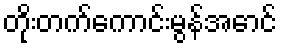
တိုးတက်ကောင်းမွန်အောင်